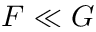
F \ll G